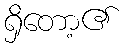
ရှိတော့၏